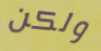
ولكن